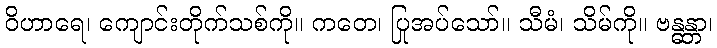
ဝိဟာရေ၊ ကျောင်းတိုက်သစ်ကို။ ကတေ၊ ပြုအပ်သော်။ သီမံ၊ သိမ်ကို။ ဗန္ဓန္တာ၊